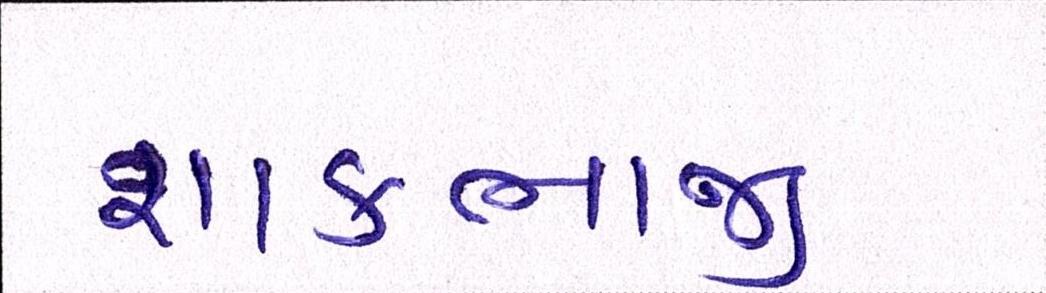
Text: શાકભાજી